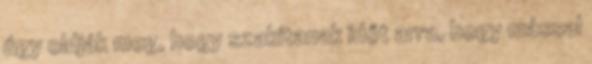
úgy oldják meg, hogy szakítanak időt arra, hogy mással